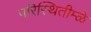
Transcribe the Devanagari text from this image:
परिस्थितीम्ळे